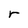
Character: r